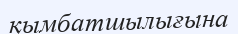
қымбатшылығына